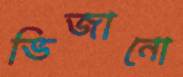
ভিজানো